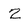
Character: 2